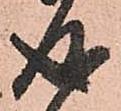
成